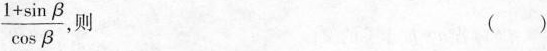
\frac{1+ \sin \beta}{\cos \beta}，则 （）